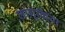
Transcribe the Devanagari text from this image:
लागूकिया